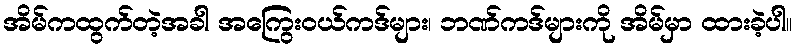
အိမ်ကထွက်တဲ့အခါ အကြွေးဝယ်ကဒ်များ၊ ဘဏ်ကဒ်များကို အိမ်မှာ ထားခဲ့ပါ။